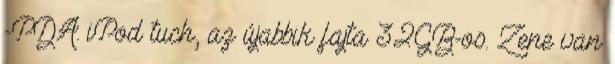
-PDA: iPod tuch, az újabbik fajta 32GB-os. Zene van